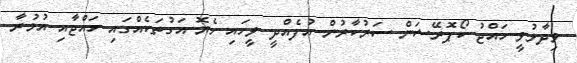
ވިދާޅުވީ ހައްޖު ކޯޕޮރޭޝަން ސަރުކާރުން އުފެއްދީ ވީހައި ހެޔޮ އަގުތަކެއްގައި ހައްޖާއި އުމުރާ